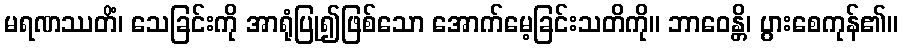
မရဏဿတိံ၊ သေခြင်းကို အာရုံပြု၍ဖြစ်သော အောက်မေ့ခြင်းသတိကို။ ဘာဝေန္တိ၊ ပွားစေကုန်၏။